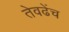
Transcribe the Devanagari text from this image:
तेवढेंच